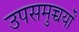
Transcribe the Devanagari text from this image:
उपसमुच्चर्यों